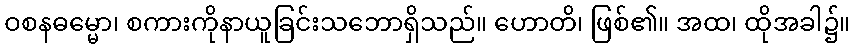
ဝစနဓမ္မော၊ စကားကိုနာယူခြင်းသဘောရှိသည်။ ဟောတိ၊ ဖြစ်၏။ အထ၊ ထိုအခါ၌။